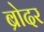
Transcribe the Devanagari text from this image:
ब्रोदर